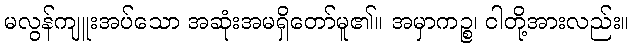
မလွန်ကျူးအပ်သော အဆုံးအမရှိတော်မူ၏။ အမှာကဉ္စ၊ ငါတို့အားလည်း။